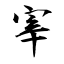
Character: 宰